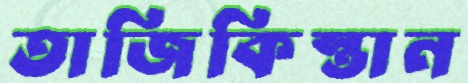
তাজিকিস্তান